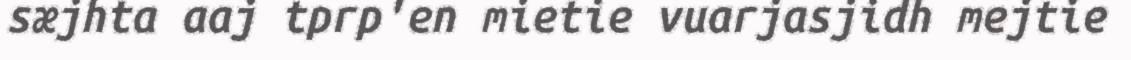
sæjhta aaj tprp'en mietie vuarjasjidh mejtie